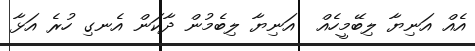
އެއް އަނިޔާ ލިބޭމީހެއް  އަނިޔާ ލިބެމުން ދާކަން އެނގި ހުރެ އަޅާ